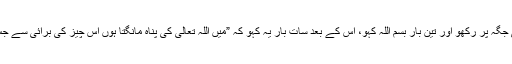
آپﷺ نے فرمایا کہ تم اپنا ہاتھ درد کی جگہ پر رکھو اور تین بار بسم اللہ کہو، اس کے بعد سات بار یہ کہو کہ ”میں اللہ تعالیٰ کی پناہ مانگتا ہوں اس چیز کی بُرائی سے جس کو پاتا ہوں اور جس سے ڈرتا ہوں“۔